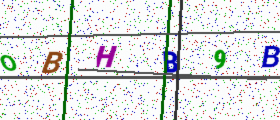
Text: OBHB9B